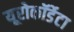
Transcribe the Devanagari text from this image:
यूरोकॉर्डेटा